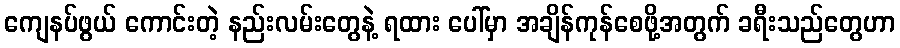
ကျေနပ်ဖွယ် ကောင်းတဲ့ နည်းလမ်းတွေနဲ့ ရထား ပေါ်မှာ အချိန်ကုန်စေဖို့အတွက် ခရီးသည်တွေဟာ